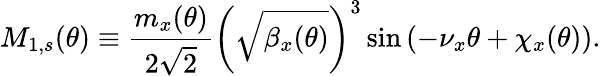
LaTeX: M_{1,s}(\theta)\equiv\frac{m_{x}(\theta)}{2\sqrt 2}\left(\sqrt{\beta_{x}(\theta)}\right)^{3}\sin{\left(-\nu_{x}\theta+\chi_{x}(\theta)\right)}.